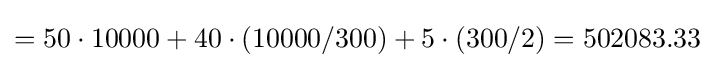
=50\cdot 10000+40\cdot (10000/300)+5\cdot (300/2)=502083.33